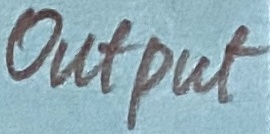
Text: OUTPUT